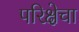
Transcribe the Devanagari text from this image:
परिक्षेचा